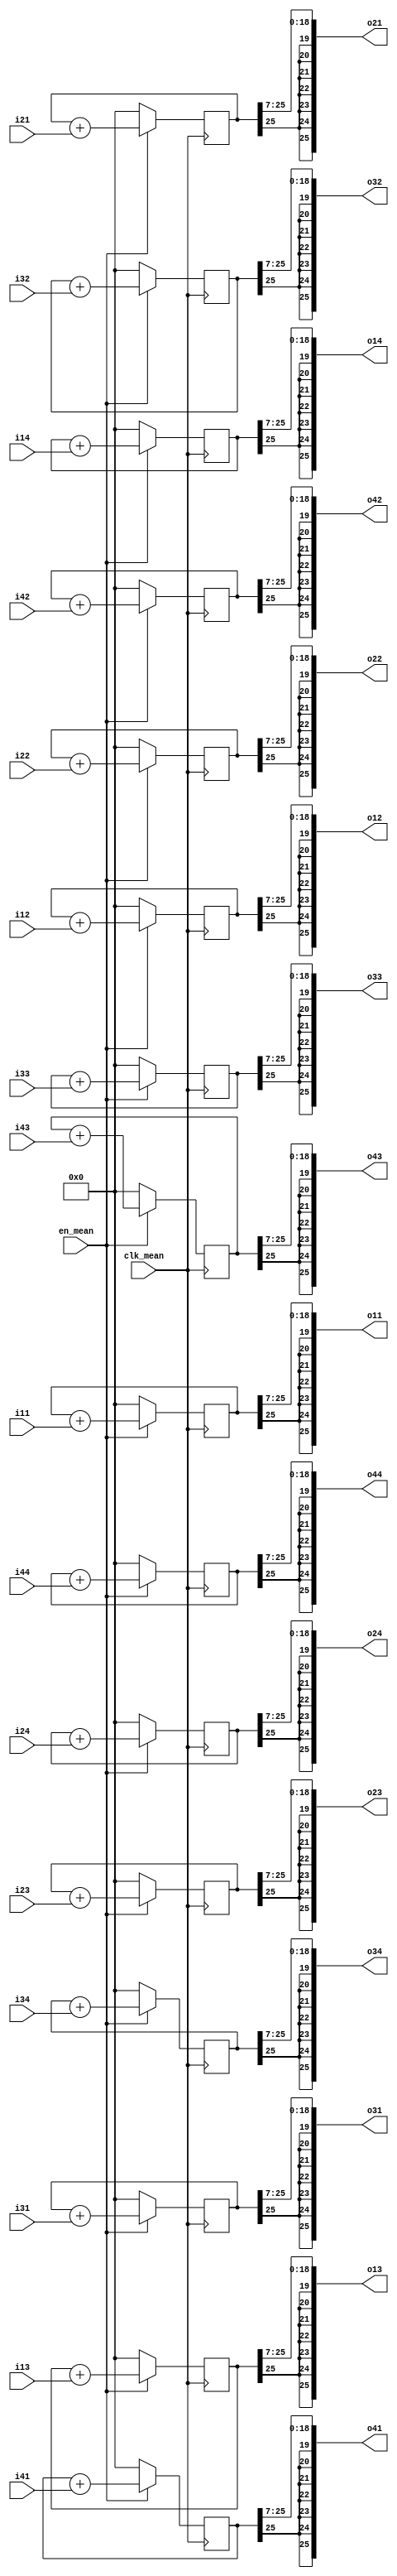
module ONE_UNIT_MEAN_CALC (
    input clk_mean,
    input en_mean,

    input signed [25:0] i11, i12, i13, i14,
    input signed [25:0] i21, i22, i23, i24,
    input signed [25:0] i31, i32, i33, i34,
    input signed [25:0] i41, i42, i43, i44,

    output signed [25:0] o11, o12, o13, o14,
    output signed [25:0] o21, o22, o23, o24,
    output signed [25:0] o31, o32, o33, o34,
    output signed [25:0] o41, o42, o43, o44
);

reg signed [25:0] mean11, mean12, mean13, mean14;
reg signed [25:0] mean21, mean22, mean23, mean24;
reg signed [25:0] mean31, mean32, mean33, mean34;
reg signed [25:0] mean41, mean42, mean43, mean44;

assign o11 = mean11 >>> 7;
assign o12 = mean12 >>> 7;
assign o13 = mean13 >>> 7;
assign o14 = mean14 >>> 7;
assign o21 = mean21 >>> 7;
assign o22 = mean22 >>> 7;
assign o23 = mean23 >>> 7;
assign o24 = mean24 >>> 7;
assign o31 = mean31 >>> 7;
assign o32 = mean32 >>> 7;
assign o33 = mean33 >>> 7;
assign o34 = mean34 >>> 7;
assign o41 = mean41 >>> 7;
assign o42 = mean42 >>> 7;
assign o43 = mean43 >>> 7;
assign o44 = mean44 >>> 7;

always @(posedge clk_mean)
begin
    if (en_mean) begin
        mean11 <= mean11 + i11;
        mean12 <= mean12 + i12;
        mean13 <= mean13 + i13;
        mean14 <= mean14 + i14;
               
        mean21 <= mean21 + i21;
        mean22 <= mean22 + i22;
        mean23 <= mean23 + i23;
        mean24 <= mean24 + i24;
               
        mean31 <= mean31 + i31;
        mean32 <= mean32 + i32;
        mean33 <= mean33 + i33;
        mean34 <= mean34 + i34;
               
        mean41 <= mean41 + i41;
        mean42 <= mean42 + i42;
        mean43 <= mean43 + i43;
        mean44 <= mean44 + i44;
    end else begin
        mean11 <= 0;
        mean12 <= 0;
        mean13 <= 0;
        mean14 <= 0;
        mean21 <= 0;
        mean22 <= 0;
        mean23 <= 0;
        mean24 <= 0;
        mean31 <= 0;
        mean32 <= 0;
        mean33 <= 0;
        mean34 <= 0;
        mean41 <= 0;
        mean42 <= 0;
        mean43 <= 0;
        mean44 <= 0;
    end
end
    
endmodule